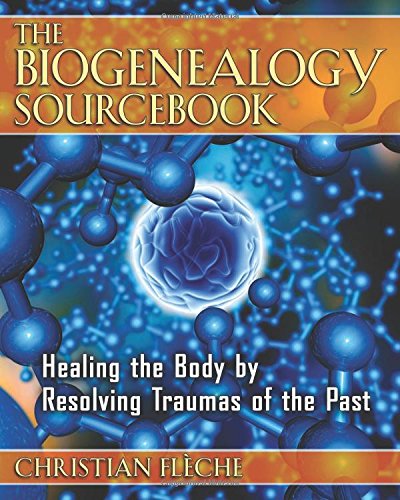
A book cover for The Biogenealogy Sourcebook: Healing the Body by Resolving Traumas of the Past; Christian FlÃ¨che; Health, Fitness & Dieting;